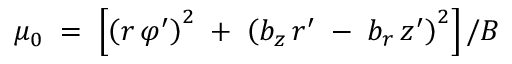
\mu _ { 0 } \; = \; \left[ \left( r \, \varphi ^ { \prime } \right) ^ { 2 } \; + \; \left( b _ { z } \, r ^ { \prime } \; - \; b _ { r } \, z ^ { \prime } \right) ^ { 2 } \right] / B